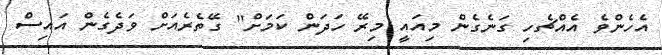
އެހެންވެ އެއްޗެހި ގަނެގެން މިއައީ މިރޭ ހަދަން ކަމަށް" ގޭތެރެއަށް ވަދެގެން އައިސް